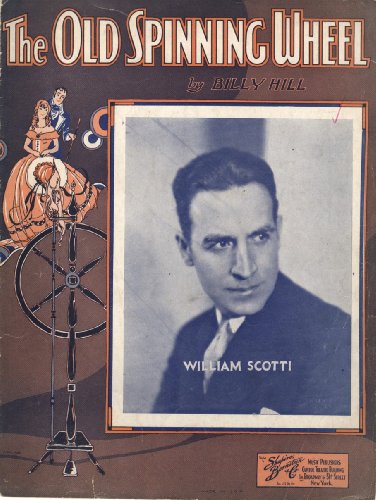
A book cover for The Old Spinning Wheel; Billy Hill; Crafts, Hobbies & Home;